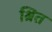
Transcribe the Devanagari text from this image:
श्रित